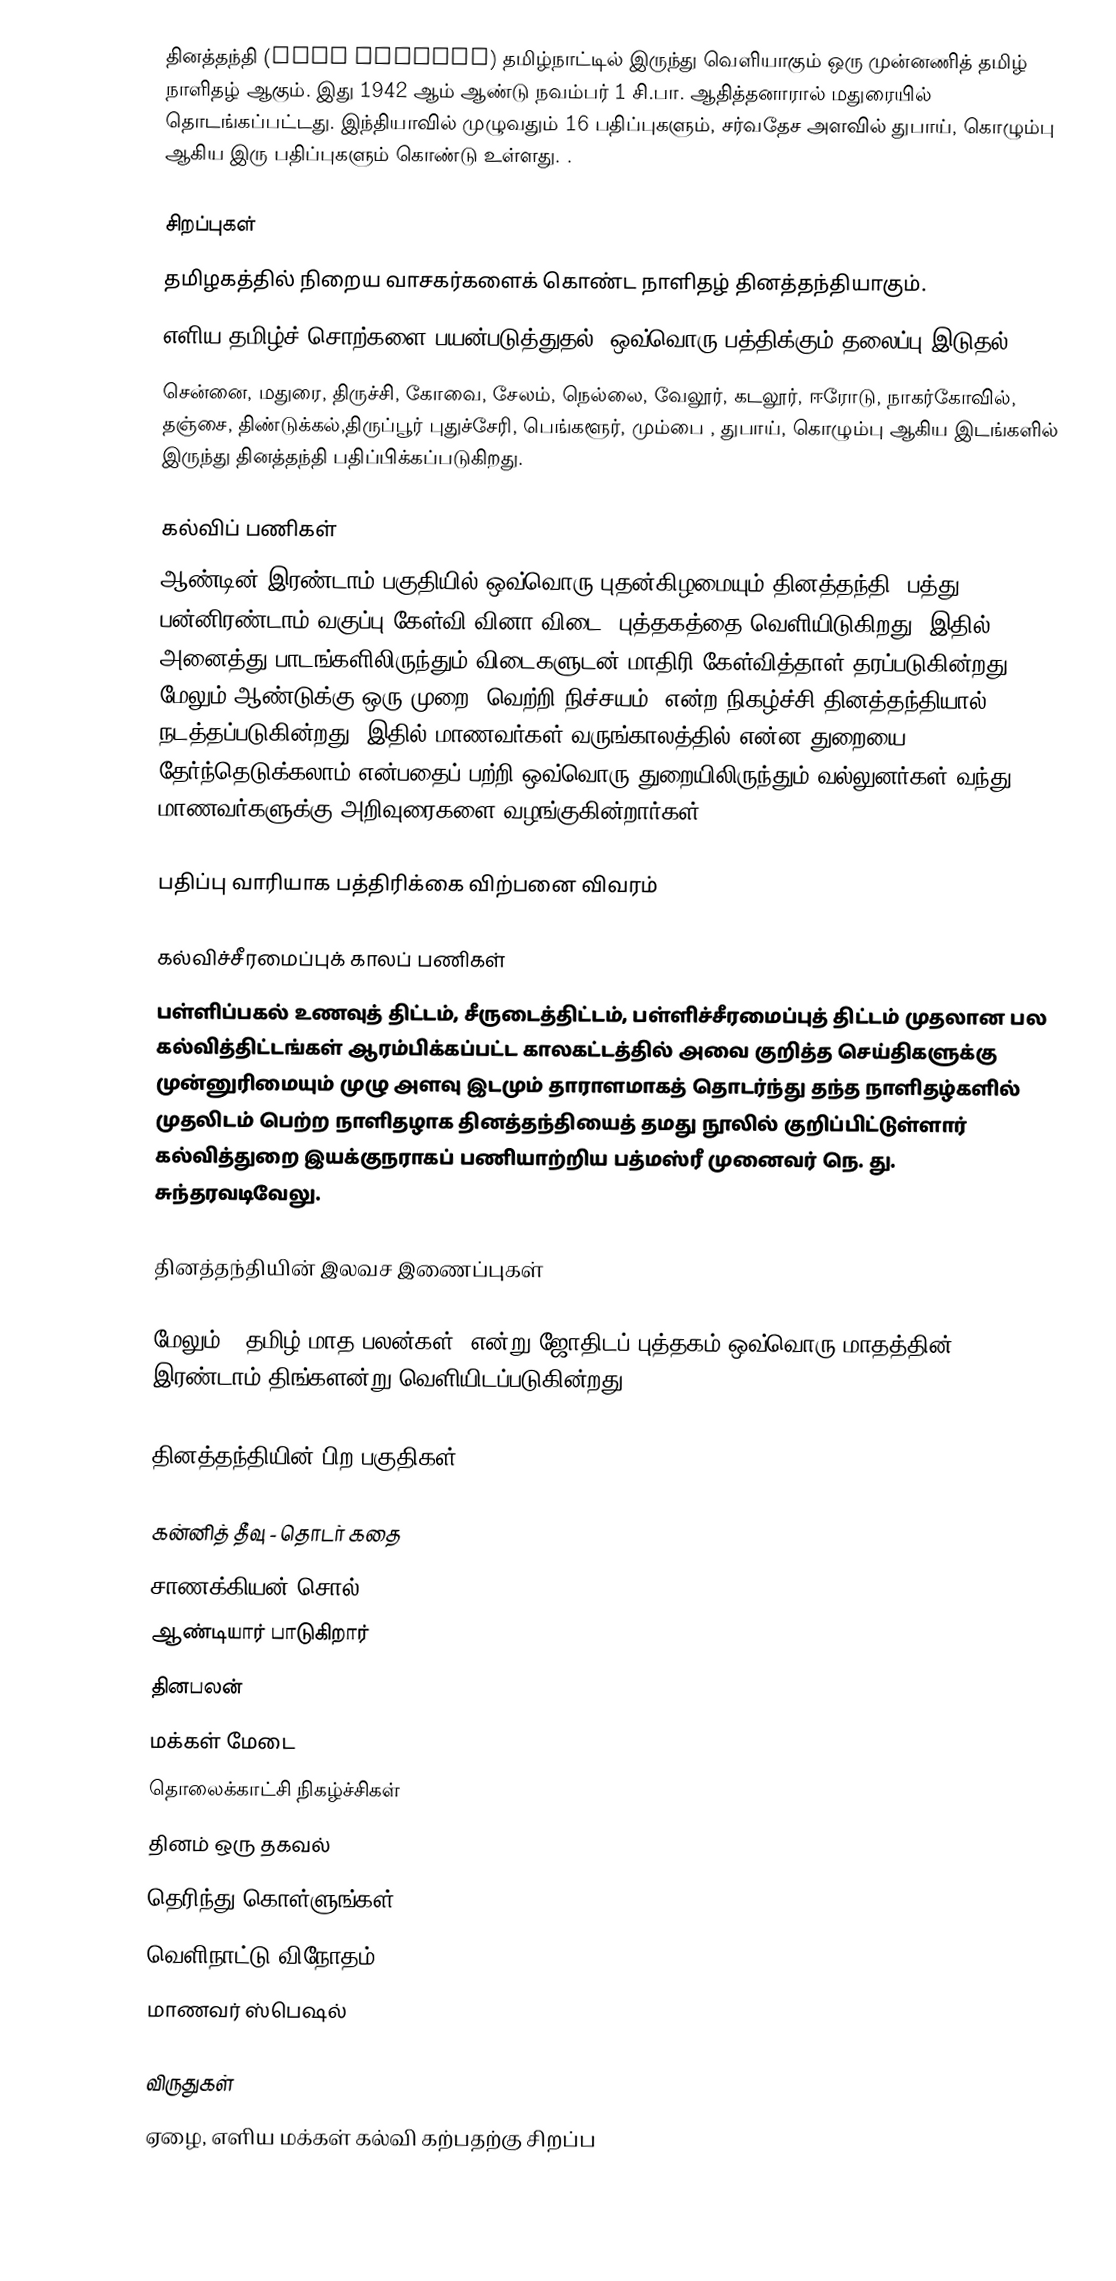
தினத்தந்தி (Dina Thanthi) தமிழ்நாட்டில் இருந்து வெளியாகும் ஒரு முன்னணித் தமிழ் நாளிதழ் ஆகும். இது 1942 ஆம் ஆண்டு நவம்பர் 1 சி.பா. ஆதித்தனாரால் மதுரையில் தொடங்கப்பட்டது. இந்தியாவில் முழுவதும் 16 பதிப்புகளும், சர்வதேச அளவில் துபாய், கொழும்பு ஆகிய இரு பதிப்புகளும் கொண்டு உள்ளது. .

சிறப்புகள்
 தமிழகத்தில் நிறைய வாசகர்களைக் கொண்ட நாளிதழ் தினத்தந்தியாகும்.
 எளிய தமிழ்ச் சொற்களை பயன்படுத்துதல், ஒவ்வொரு பத்திக்கும் தலைப்பு இடுதல்.
 சென்னை, மதுரை, திருச்சி, கோவை, சேலம், நெல்லை, வேலூர், கடலூர், ஈரோடு, நாகர்கோவில், தஞ்சை, திண்டுக்கல்,திருப்பூர் புதுச்சேரி, பெங்களூர், மும்பை , துபாய், கொழும்பு ஆகிய இடங்களில் இருந்து தினத்தந்தி பதிப்பிக்கப்படுகிறது.

கல்விப் பணிகள்
ஆண்டின் இரண்டாம் பகுதியில் ஒவ்வொரு புதன்கிழமையும் தினத்தந்தி 'பத்து, பன்னிரண்டாம் வகுப்பு கேள்வி வினா விடை' புத்தகத்தை வெளியிடுகிறது. இதில் அனைத்து பாடங்களிலிருந்தும் விடைகளுடன் மாதிரி கேள்வித்தாள் தரப்படுகின்றது. மேலும் ஆண்டுக்கு ஒரு முறை 'வெற்றி நிச்சயம்' என்ற நிகழ்ச்சி தினத்தந்தியால் நடத்தப்படுகின்றது. இதில் மாணவர்கள் வருங்காலத்தில் என்ன துறையை தேர்ந்தெடுக்கலாம் என்பதைப் பற்றி ஒவ்வொரு துறையிலிருந்தும் வல்லுனர்கள் வந்து மாணவர்களுக்கு அறிவுரைகளை வழங்குகின்றார்கள்.

பதிப்பு வாரியாக பத்திரிக்கை விற்பனை விவரம்

கல்விச்சீரமைப்புக் காலப் பணிகள்
பள்ளிப்பகல் உணவுத் திட்டம், சீருடைத்திட்டம், பள்ளிச்சீரமைப்புத் திட்டம் முதலான பல கல்வித்திட்டங்கள் ஆரம்பிக்கப்பட்ட காலகட்டத்தில் அவை குறித்த செய்திகளுக்கு முன்னுரிமையும் முழு அளவு இடமும் தாராளமாகத் தொடர்ந்து தந்த நாளிதழ்களில் முதலிடம் பெற்ற நாளிதழாக தினத்தந்தியைத் தமது நூலில் குறிப்பிட்டுள்ளார் கல்வித்துறை இயக்குநராகப் பணியாற்றிய பத்மஸ்ரீ முனைவர் நெ. து. சுந்தரவடிவேலு.

தினத்தந்தியின் இலவச இணைப்புகள்

 மேலும், 'தமிழ் மாத பலன்கள்' என்று ஜோதிடப் புத்தகம் ஒவ்வொரு மாதத்தின் இரண்டாம் திங்களன்று வெளியிடப்படுகின்றது.

தினத்தந்தியின் பிற பகுதிகள்

 கன்னித் தீவு - தொடர் கதை
 சாணக்கியன் சொல்
 ஆண்டியார் பாடுகிறார்
 தினபலன்
 மக்கள் மேடை
 தொலைக்காட்சி நிகழ்ச்சிகள்
 தினம் ஒரு தகவல்
 தெரிந்து கொள்ளுங்கள்
 வெளிநாட்டு விநோதம்
மாணவர் ஸ்பெஷல்

விருதுகள்
ஏழை, எளிய மக்கள் கல்வி கற்பதற்கு சிறப்ப